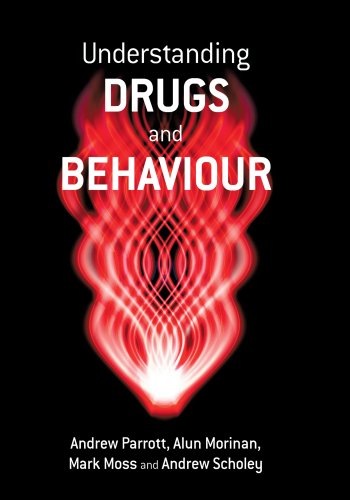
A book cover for Understanding Drugs and Behaviour; Andrew Parrott; Medical Books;